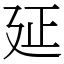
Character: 𢌛